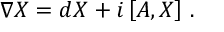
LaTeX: \nabla X = d X + i \left[ { \cal A } , X \right] \, .